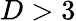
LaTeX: D>3